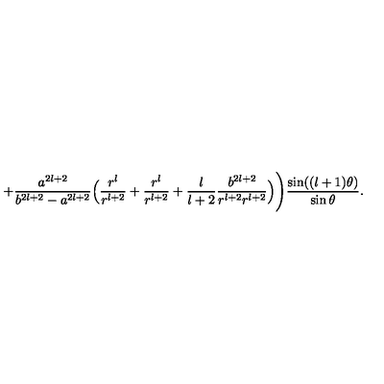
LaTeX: + \frac { a ^ { 2 l + 2 } } { b ^ { 2 l + 2 } - a ^ { 2 l + 2 } } \Big ( \frac { r ^ { l } } { r ^ { l + 2 } } + \frac { r ^ { l } } { r ^ { l + 2 } } + \frac { l } { l + 2 } \frac { b ^ { 2 l + 2 } } { r ^ { l + 2 } r ^ { l + 2 } } \Big ) \Bigg ) \frac { \sin ( ( l + 1 ) \theta ) } { \sin \theta } .